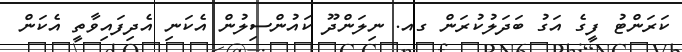
ކަރަންޓު ފީގެ އަގު ބަދަލުކުރަން ގއ. ނިލަންދޫ ކައުންސިލުން އެކަނި އެދިފައިވާތީ އެކަން